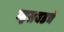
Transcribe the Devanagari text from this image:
म्हसवडचे